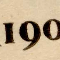
190